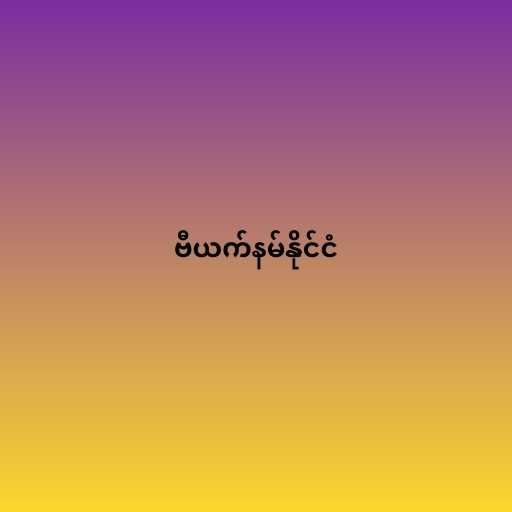
ဗီယက်နမ်နိုင်ငံ